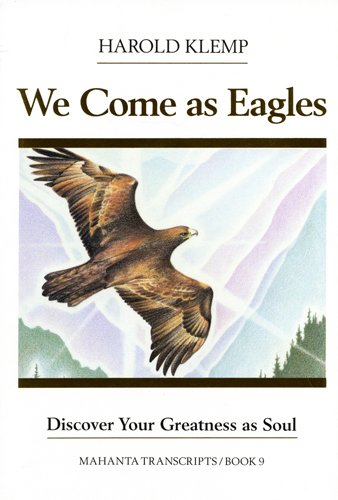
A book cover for We Come as Eagles: Mahanta Transcript (Mahanta Transcripts); Harold Klemp; Religion & Spirituality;